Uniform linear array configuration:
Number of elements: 16
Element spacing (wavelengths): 1
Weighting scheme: exponential
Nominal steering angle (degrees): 60
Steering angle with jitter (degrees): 59.145
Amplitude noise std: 0.05
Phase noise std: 0.05

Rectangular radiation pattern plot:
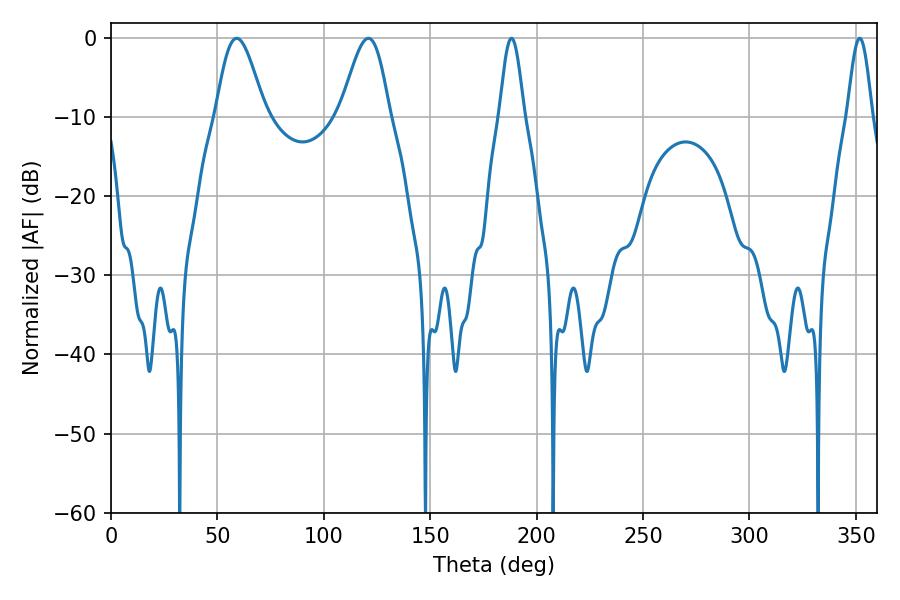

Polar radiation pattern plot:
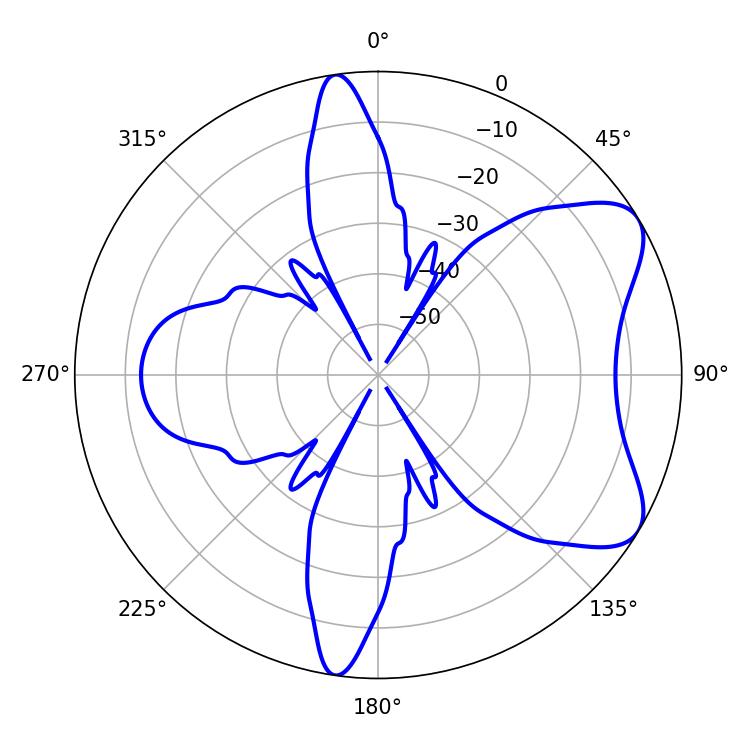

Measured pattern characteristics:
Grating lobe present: TRUE
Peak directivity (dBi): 7.082
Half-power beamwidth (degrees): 12.24
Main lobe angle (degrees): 59.04